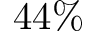
4 4 \%